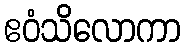
ဧဝံသိလောကာ